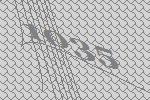
1035